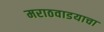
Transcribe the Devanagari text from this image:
मराठवाडयाचा